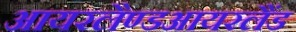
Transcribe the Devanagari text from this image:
आयरलैण्डआयरलैंड